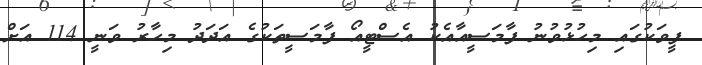
ފީވަކުގައި މިހުޅުވުނު ފާމަސީއާއެކު އެސްޓީއޯ ފާމަސީތަކުގެ އަދަދު މިހާރު ވަނީ 114 އަށް